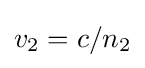
v_{2}=c/n_{2}